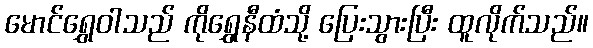
မောင်ရွှေဝါသည် ကိုရွှေနီထံသို့ ပြေးသွားပြီး ထူလိုက်သည်။